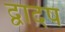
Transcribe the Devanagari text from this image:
द्वादष